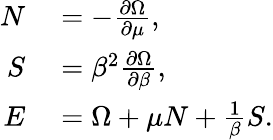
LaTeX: \begin{array}{rl}{N}&{{}=-\frac{\partial\Omega}{\partial\mu},}\\ {S}&{{}=\beta^{2}\frac{\partial\Omega}{\partial\beta},}\\ {E}&{{}=\Omega+\mu N+\frac{1}{\beta}S.}\end{array}